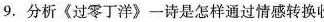
分析《过零丁洋》一诗是怎样通过情感转换收到